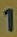
1